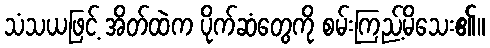
သံသယဖြင့် အိတ်ထဲက ပိုက်ဆံတွေကို စမ်းကြည့်မိသေး၏။